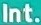
Int.